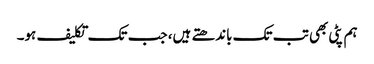
ہم پٹی بھی تب تک باندھتے ہیں، جب تک تکلیف ہو۔